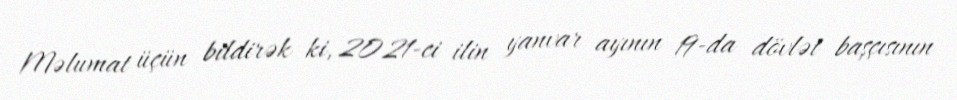
Məlumat üçün bildirək ki, 2021-ci ilin yanvar ayının 19-da dövlət başçısının